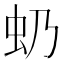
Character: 𧈣